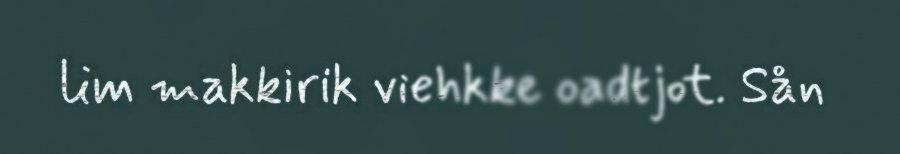
lim makkirik viehkke oadtjot. Sån